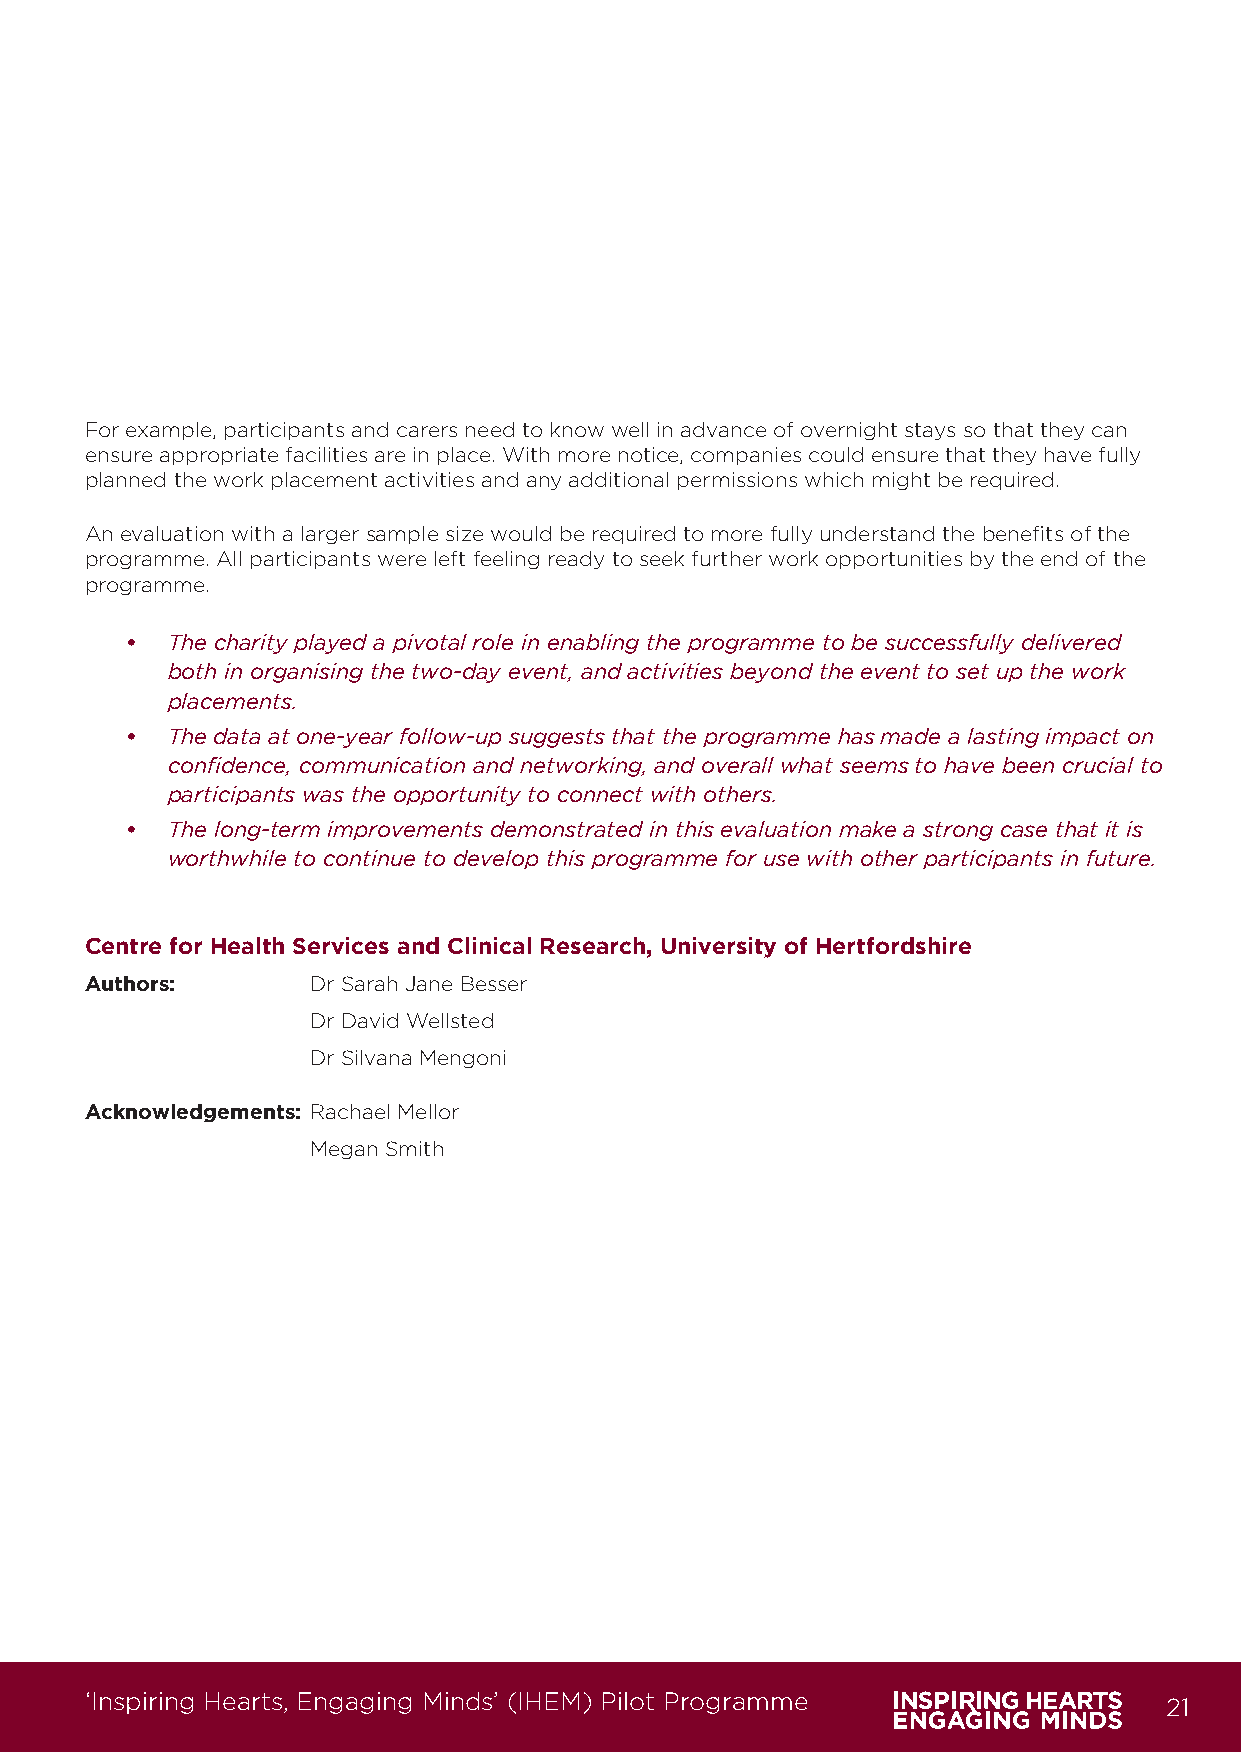
For example, participants and carers need to know well in advance of overnight stays so that they can
 ensure appropriate facilities are in place. With more notice, companies could ensure that they have fully
 planned the work placement activities and any additional permissions which might be required.
 An evaluation with a larger sample size would be required to more fully understand the benefits of the
 programme. All participants were left feeling ready to seek further work opportunities by the end of the
 programme.
 •  The charity played a pivotal role in enabling the programme to be successfully delivered
 both in organising the two-day event, and activities beyond the event to set up the work
 placements.
 •  The data at one-year follow-up suggests that the programme has made a lasting impact on
 confidence, communication and networking, and overall what seems to have been crucial to
 participants was the opportunity to connect with others.
 •  The long-term improvements demonstrated in this evaluation make a strong case that it is
 worthwhile to continue to develop this programme for use with other participants in future.
 Centre for Health Services and Clinical Research, University of Hertfordshire
 Authors:       Dr Sarah Jane Besser
 Dr David Wellsted
 Dr Silvana Mengoni
 Acknowledgements: Rachael Mellor
 Megan Smith
 ‘Inspiring Hearts, Engaging Minds’ (IHEM) Pilot Programme              21
 IHEM-Evaluation-Summary-Report_Brand Compliant.indd 21                  29/09/2020 06:59:17